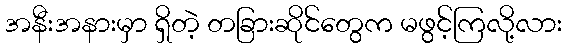
အနီးအနားမှာ ရှိတဲ့ တခြားဆိုင်တွေက မဖွင့်ကြလို့လား